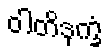
ဝါတိဒုက္ခံ